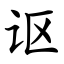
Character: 讴